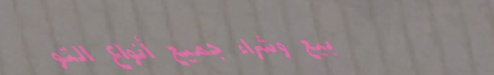
بيع وشراء جميع أنواع التو